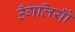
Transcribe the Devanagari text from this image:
उँगलियोँ